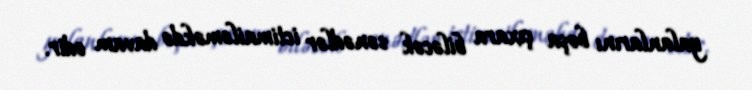
yalanlarını boşa çıxara biləcək sənədlər ictimailəməkdə davam edir.